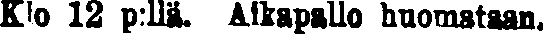
Klo 12 p:llä. Aikapallo huomataan.